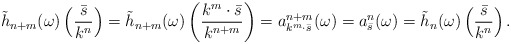
\begin{align*}\tilde h_{n+m}(\omega) \left(\frac{\bar s}{k^n}\right) = \tilde h_{n+m} (\omega) \left(\frac{k^m\cdot \bar s}{k^{n+m}}\right) =a_{k^m \cdot \bar s}^{n+m}(\omega) =a_{\bar s}^n(\omega) = \tilde h_n (\omega) \left(\frac{\bar s}{k^n}\right) .\end{align*}